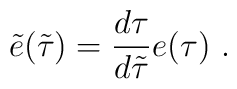
\tilde{e}(\tilde{\tau})=\frac{d\tau}{d\tilde{\tau}}e(\tau)\ .